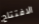
الافتتاح